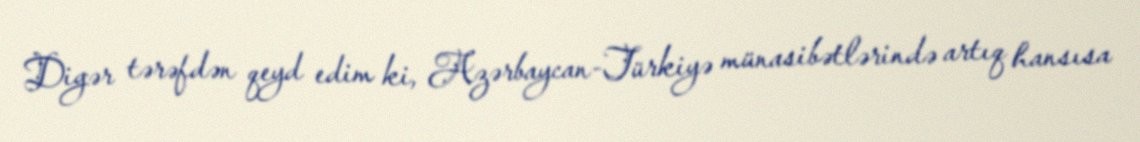
Digər tərəfdən qeyd edim ki, Azərbaycan-Türkiyə münasibətlərində artıq hansısa